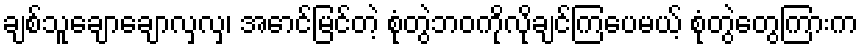
ချစ်သူချောချောလှလှ၊ အောင်မြင်တဲ့ စုံတွဲဘဝကိုလိုချင်ကြပေမယ့် စုံတွဲတွေကြားက